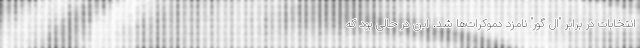
انتخابات در برابر "ال گور" نامزد دموکرات‌ها شد. این در حالی بود که